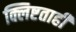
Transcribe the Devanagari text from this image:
क्लिष्टताही